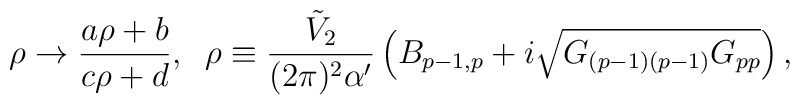
\rho \to \frac{a\rho+b}{c\rho+d}, \;\;\rho \equiv \frac{{\tilde V}_2}{(2\pi)^2 \alpha'}\left( B_{p-1,p} +i \sqrt{G_{(p-1)(p-1)}G_{pp}}\right),